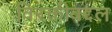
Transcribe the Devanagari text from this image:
विरक्तीबद्दल